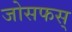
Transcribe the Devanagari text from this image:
जोसफस्